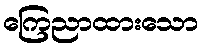
ကြေညာထားသော